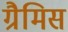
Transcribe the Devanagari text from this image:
ग्रैमिस